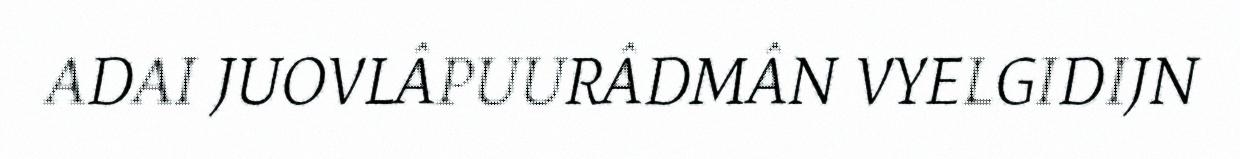
ADAI JUOVLÂPUURÂDMÂN VYELGIDIJN